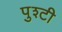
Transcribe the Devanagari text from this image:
पुश्टी